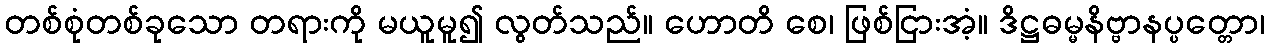
တစ်စုံတစ်ခုသော တရားကို မယူမူ၍ လွတ်သည်။ ဟောတိ စေ၊ ဖြစ်ငြားအံ့။ ဒိဋ္ဌဓမ္မနိဗ္ဗာနပ္ပတ္တော၊